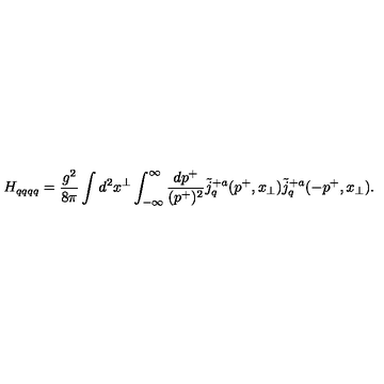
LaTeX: H _ { q q q q } = { \frac { g ^ { 2 } } { 8 \pi } } \int d ^ { 2 } x ^ { \perp } \int _ { - \infty } ^ { \infty } { \frac { d p ^ { + } } { ( p ^ { + } ) ^ { 2 } } } { \tilde { j } ^ { + a } } _ { q } ( p ^ { + } , x _ { \perp } ) { \tilde { j } ^ { + a } } _ { q } ( - p ^ { + } , x _ { \perp } ) .